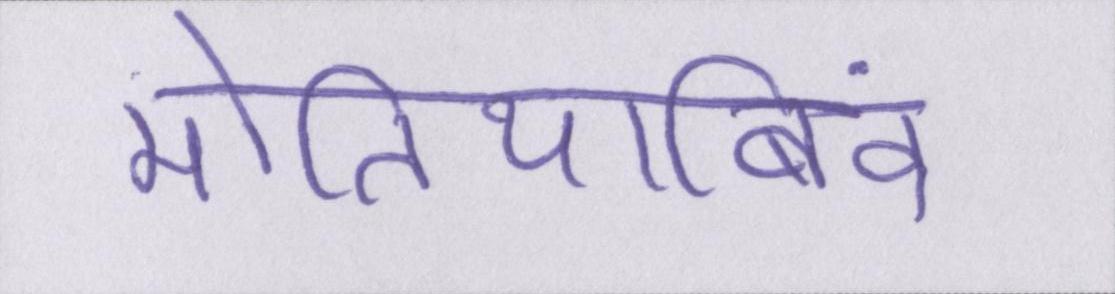
मोतियाबिंद